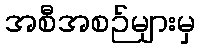
အစီအစဉ်များမှ